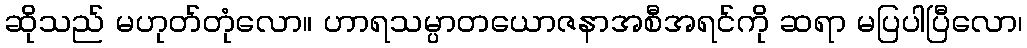
ဆိုသည် မဟုတ်တုံလော။ ဟာရသမ္ပာတယောဇနာအစီအရင်ကို ဆရာ မပြပါပြီလော၊